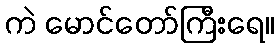
ကဲ မောင်တော်ကြီးရေ။